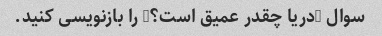
سوال "دریا چقدر عمیق است؟" را بازنویسی کنید.